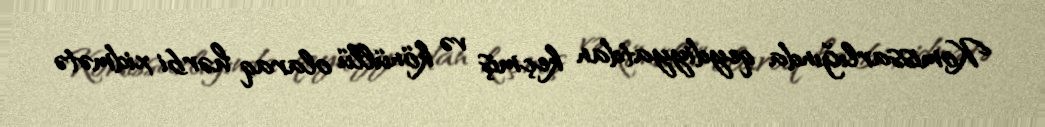
Komissarlığında qeydiyyatdan keçmiş və könüllü olaraq hərbi xidmətə